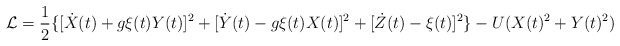
\begin{align*}{\cal L}= \frac{1}{2}\{[\dot{X}(t)+g\xi(t)Y(t)]^{2} + [\dot{Y}(t) -g\xi(t)X(t)]^{2} + [\dot{Z}(t) - \xi(t)]^{2}\} - U(X(t)^{2} +Y(t)^{2})\end{align*}